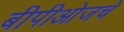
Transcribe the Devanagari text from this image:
बीपीओजचे